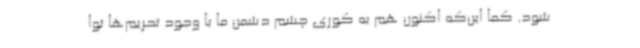
شود. کما این‌که اکنون هم به کوری چشم دشمن ما با وجود تحریم‌ها توا